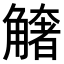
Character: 𧤺